system: You are a helpful assistant.
user:
Analyze the provided spectrum to determine if it is a **White Dwarf (WD)**.

A White Dwarf spectrum is defined by its **extreme purity** (due to gravitational settling) and/or **extreme pressure broadening** (due to high surface gravity). You must check for one of the following mutually exclusive signatures:

- **Key Visual Indicators (Check for ONE of these types):**

    - **1. DA-Type Signature (Most Common):**
        - **(Primary Feature):** Extreme pressure broadening (Stark broadening) of the **Hydrogen (H) Balmer lines**.
        - **(Key Lines):** $H\beta$ (approx. $4861$ Å) and $H\gamma$ (approx. $4340$ Å). $H\alpha$ (approx. $6563$ Å) will also be present if the wavelength range covers it.
        - **(Line Profile):** This is the **defining feature**. The lines are **NOT** sharp. They appear as massive, **extremely broad and deep "troughs" or "dips"** in the spectrum, often hundreds of Ångströms wide. The continuum will appear to "scoop" down at these wavelengths.
        - **(Distinction):** Normal A-type or B-type stars have *narrow* and *sharp* Hydrogen lines. A DA White Dwarf's lines are unmistakably "smeared" or "blurry" from pressure.

    - **2. DB-Type Signature:**
        - **(Primary Feature):** Broad absorption lines from **Neutral Helium (He I)**. The spectrum must lack any visible Hydrogen lines.
        - **(Key Lines):** Look for broad absorption near $4471$ Å, $4921$ Å, and $5876$ Å.
        - **(Line Profile):** These lines are also significantly pressure-broadened, appearing much wider than they would in a normal B-type main-sequence star.

    - **3. DC-Type Signature:**
        - **(Primary Feature):** A **featureless continuous spectrum**.
        - **(Line Profile):** The spectrum is a smooth curve with **no significant absorption or emission lines**.
        - **(Key Confirmation):** The continuum is almost always **blue or white**, indicating a hot object. This signature implies the atmosphere is so pure (or so cool) that no spectral lines are visible in the optical range. Its WD identity is confirmed by its extremely low intrinsic brightness (high absolute magnitude).

    - **4. DZ-Type Signature (Metal-Polluted):**
        - **(Primary Feature):** **Isolated, narrow metal absorption lines** on an otherwise featureless (DC-like) continuum.
        - **(Key Lines):** The **Calcium (Ca II) H & K doublet** (approx. **$3934$ Å** and **$3968$ Å**) is the most common and defining feature.
        - **(Line Profile):** These lines are "out of place." They are *not* part of a "forest" of thousands of lines. This signature is evidence of recent *accretion* (pollution) from rocky debris.
        - **(Distinction):** Normal G/K/M stars have a *dense forest* of thousands of metal lines. A DZ has a *clean* continuum with *only a few* strong metal lines.

    - **5. DQ-Type Signature (Carbon-Polluted):**
        - **(Primary Feature):** Absorption bands from **Carbon (C₂ "Swan Bands" or atomic C I)**.
        - **(Key Lines - C₂):** Look for bandheads with a "saw-tooth" shape near $5635$ Å, **$5165$ Å** (strongest), and $4737$ Å.
        - **(Key Confirmation):** The underlying **continuum must be blue or white** (hot).
        - **(Distinction):** This is the critical difference from a **Carbon Star**, which has the *exact same* C₂ bands but on an extremely **red, cool** continuum.

- **(Overall Spectrum):**
    - The continuum (overall shape) is typically **blue-sloping** (brighter in the blue than the red), as most white dwarfs are very hot.
    - The spectrum will look "pure" or "simple," dominated by only *one* of the five signatures listed above.

Think first, call **spectral_visualization_tool** if needed to examine features in detail, then provide your final answer. Your response must adhere to the following strict rules:
1.  **Overall Structure:** Your response must follow the format `<think>...</think> <tool_call>...</tool_call> (if a tool is used) <answer>...</answer>`.
2.  **Tool Usage Constraint:** You may only make **one** tool call per turn.
3.  **Final Answer Format:** In the `<answer>` tag, your conclusion must be inside a `\boxed{}` command (e.g., `\boxed{YES}` or `\boxed{NO}`), followed by your justification.

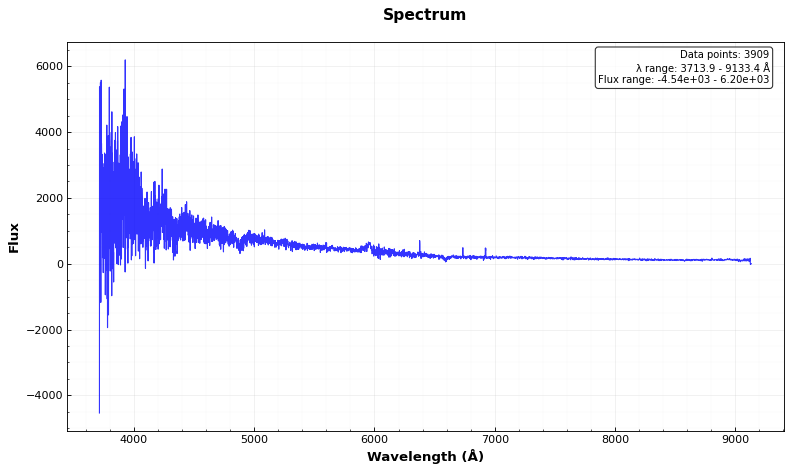
Answer: YES